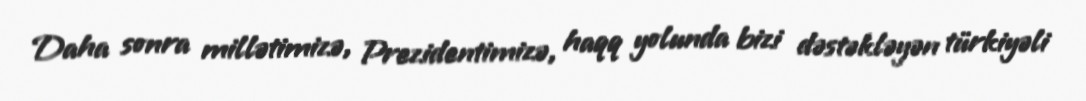
Daha sonra millətimizə, Prezidentimizə, haqq yolunda bizi dəstəkləyən türkiyəli